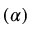
( \alpha )